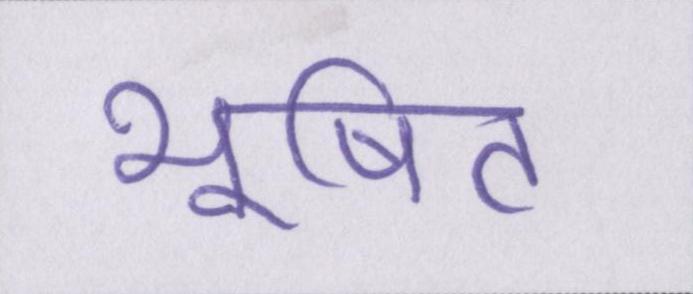
भूषित